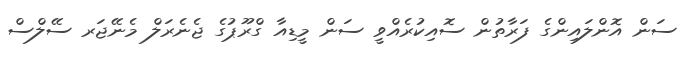
ސަން އޮންލައިންގެ ފަރާތުން ސޮއިކުރެއްވީ ސަން މީޑިއާ ގްރޫޕުގެ ޖެނެރަލް މެނޭޖަރ ސޭލްސް